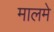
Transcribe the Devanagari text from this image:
मालमे